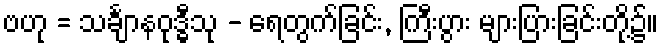
ဗဟု = သင်္ချာနဝုဒ္ဓီသု - ရေတွက်ခြင်း, ကြီးပွား များပြားခြင်းတို့၌။